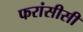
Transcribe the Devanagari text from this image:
फरांसीसी